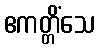
ဧကတ္တိံသေ